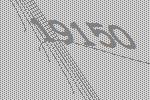
19150